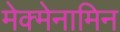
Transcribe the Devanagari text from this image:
मेक्मेनामिन